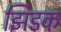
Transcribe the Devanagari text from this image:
झिडक